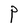
Character: P